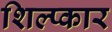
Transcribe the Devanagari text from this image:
शिल्प्कार